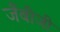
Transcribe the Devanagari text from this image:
जैंबीजी